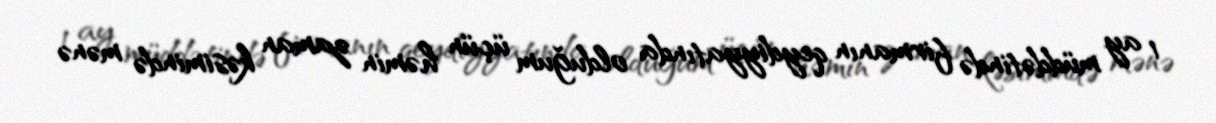
1 ay müddətində firmanın qeydiyyatında olduğum üçün həmin zaman kəsimində mənə